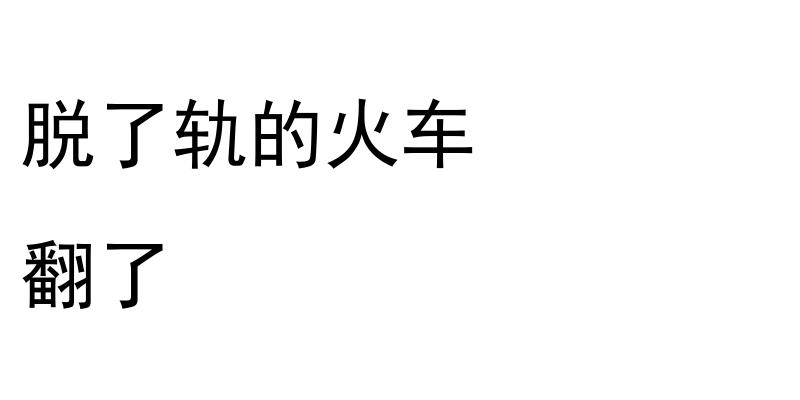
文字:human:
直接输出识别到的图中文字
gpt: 脱了轨的火车 翻了